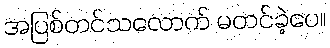
အပြစ်တင်သလောက် မတင်ခဲ့ပေ။